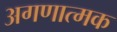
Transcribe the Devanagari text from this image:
अगणात्मक